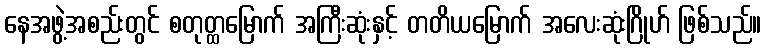
နေအဖွဲ့အစည်းတွင် စတုတ္ထမြောက် အကြီးဆုံးနှင့် တတိယမြောက် အလေးဆုံးဂြိုဟ် ဖြစ်သည်။